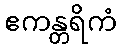
ဧကန္တရိကံ